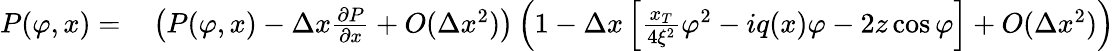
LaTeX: \begin{array}{rl}{P(\varphi,x)=}&{{}\left(P(\varphi,x)-\Delta x\frac{\partial P}{\partial x}+O(\Delta x^{2})\right)\left(1-\Delta x\left[\frac{x_{T}}{4\xi^{2}}\varphi^{2}-iq(x)\varphi-2z\cos\varphi\right]+O(\Delta x^{2})\right)}\end{array}